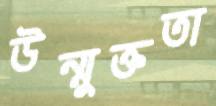
উন্মুক্ততা